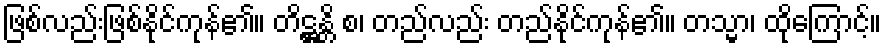
ဖြစ်လည်းဖြစ်နိုင်ကုန်၏။ တိဋ္ဌန္တိ စ၊ တည်လည်း တည်နိုင်ကုန်၏။ တသ္မာ၊ ထိုကြောင့်။